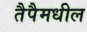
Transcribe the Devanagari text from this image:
तैपैमधील